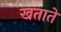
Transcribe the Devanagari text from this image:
खताते